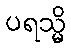
ပရသ္မိ